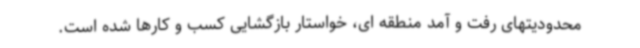
محدودیتهای رفت و آمد منطقه ای، خواستار بازگشایی کسب و کارها شده است.